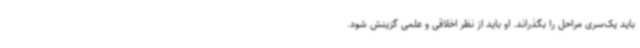
باید یک‌سری مراحل را بگذراند. او باید از نظر اخلاقی و علمی گزینش شود.